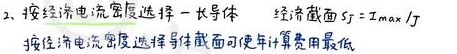
2. 按经济电流密度选择一长导体
经济截面 \(S_j = I_{max}/J\)
按经济电流密度选择导体截面可使年计算费用最低